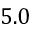
5 . 0